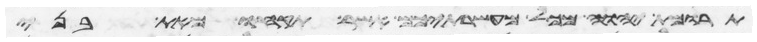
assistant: תרומת יהוה מכל מעשרתיכם אשר תקחו מאת בני